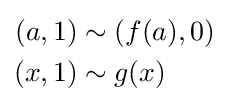
{\begin{aligned}(a,1)&\sim (f(a),0)\\(x,1)&\sim g(x)\end{aligned}}